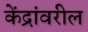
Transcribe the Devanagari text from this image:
केंद्रांवरील